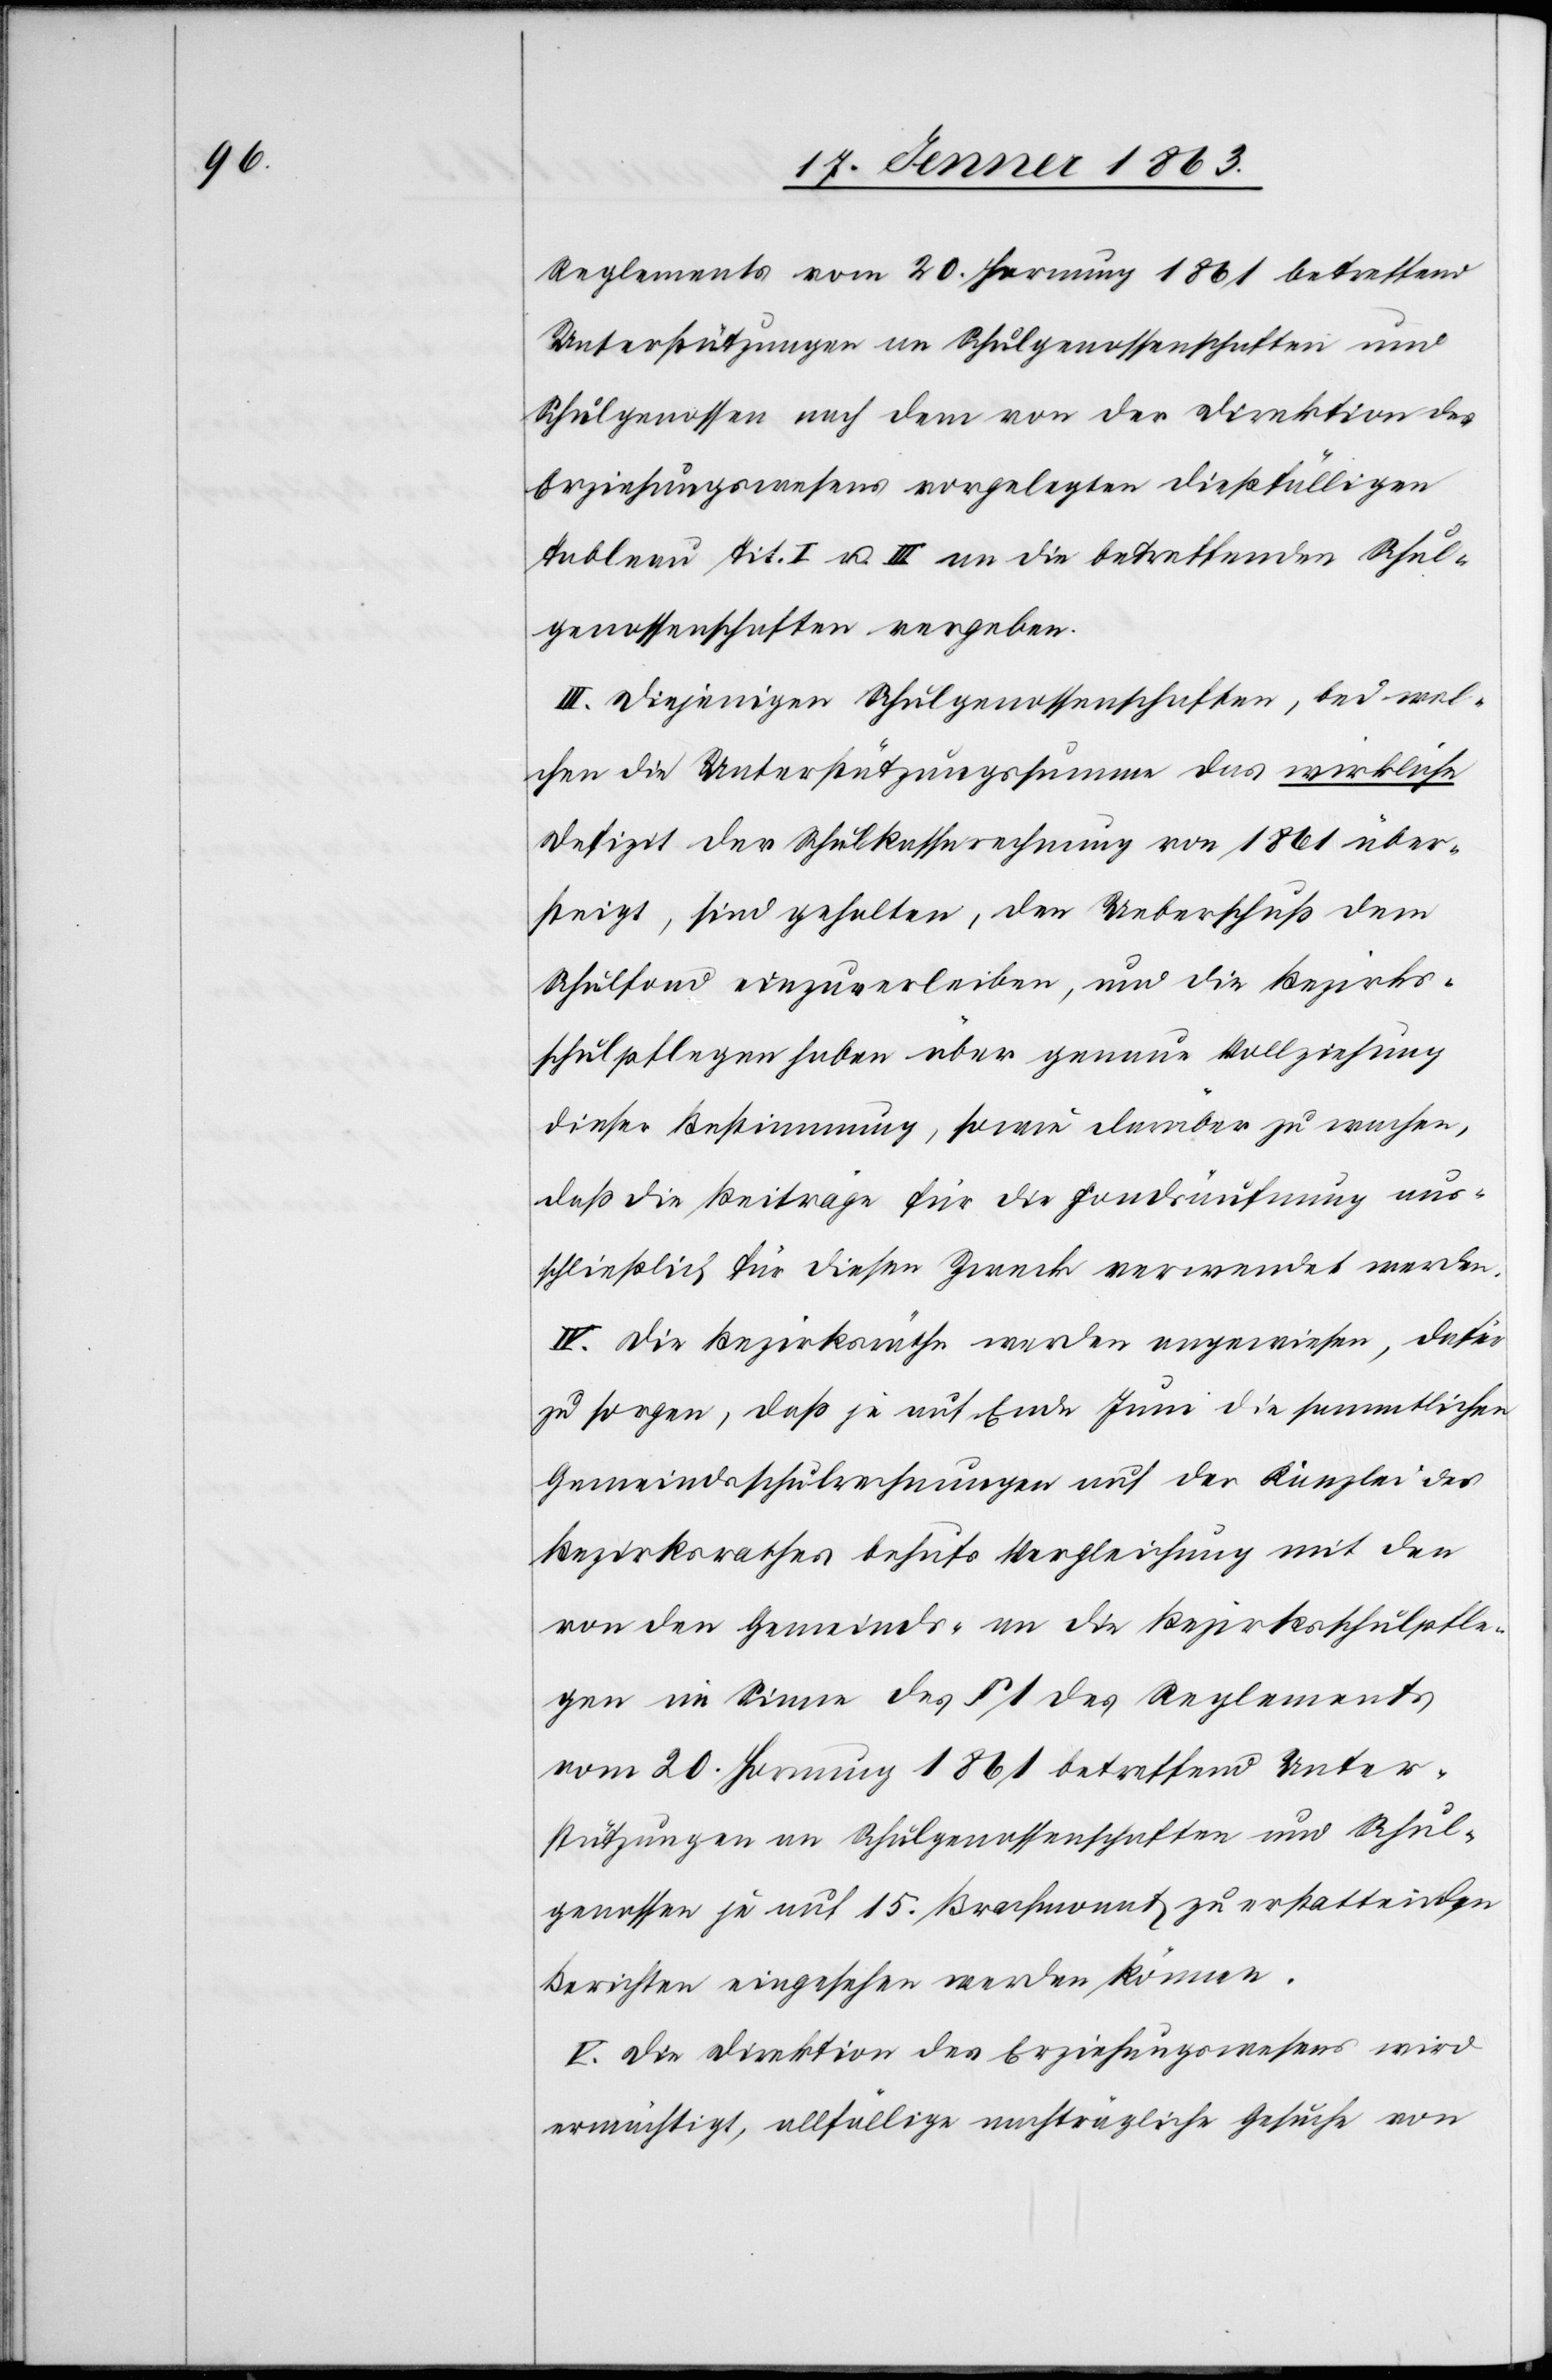
Reglements vom 20. Hornung 1861 betreffend
Unterstützungen an Schulgenossenschaften und
Schulgenossen nach dem von der Direktion des
Erziehungswesens vorgelegten dießfälligen
Tableau Tit. I u. III an die betreffenden Schul¬
genossenschaften vergeben.
III. Diejenigen Schulgenossenschaften, bei wel¬
chen die Unterstützungssumme das wirkliche
Defizit der Schulkassarechnung von 1861 über¬
steigt, sind gehalten, den Ueberschuß dem
Schulfond einzuverleiben, und die Bezirks¬
schulpflegen haben über genaue Vollziehung
dieser Bestimmung, sowie darüber zu wachen,
daß die Beiträge für die Fondsäufnung aus¬
schließlich für diesen Zweck verwendet werden.
IV. Die Bezirksräthe werden angewiesen, dafür
zu sorgen, daß je auf Ende Juni die sammtlichen
Gemeindsschulrechnungen auf der Kanzlei des
Bezirksrathes behufs Vergleichung mit den
von den Gemeinds- an die Bezirksschulpfle¬
gen im Sinne des § 1 des Reglements
vom 20. Hornung 1861 betreffend Unter¬
stützungen an Schulgenossenschaften und Schul¬
genossen je auf 15. Brachmonat zu erstattenden
Berichten eingesehen werden können.
V. Die Direktion des Erziehungswesens wird
ermächtigt, allfällige nachträgliche Gesuche von